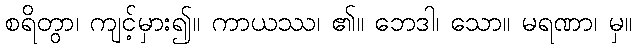
စရိတွာ၊ ကျင့်မှား၍။ ကာယဿ၊ ၏။ ဘေဒါ၊ သော။ မရဏာ၊ မှ။